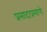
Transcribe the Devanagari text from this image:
प्रसादाप्रमाणे